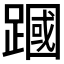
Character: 𫏜